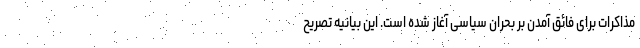
مذاکرات برای فائق آمدن بر بحران سیاسی آغاز شده است. این بیانیه تصریح